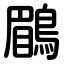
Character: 鶥